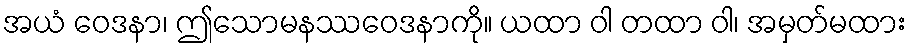
အယံ ဝေဒနာ၊ ဤသောမနဿဝေဒနာကို။ ယထာ ဝါ တထာ ဝါ၊ အမှတ်မထား